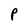
Character: P